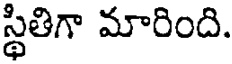
స్థితిగా మారింది.